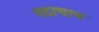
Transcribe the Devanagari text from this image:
पदाचाच